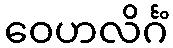
ဝေဟလိင်္ဂံ